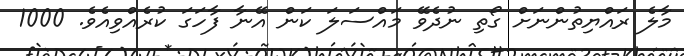
މާލެ ރައްޔިތުންނަށް ގޯތި ނުދެވޭ މައްސަލަ ކަން އޭނާ ފާހަގަ ކުރެއްވިއެވެ. 1000